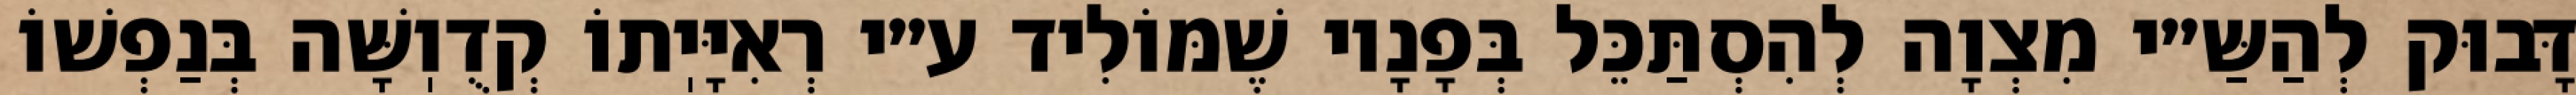
דָּבוּק לְהַשַּ״י מִצְוָה לְהִסְתַּכֵּל בְּפָנָיו שֶׁמּוֹלִיד ע״י רְאִיָּיֽתוֹ קְדֻוֽשָּׁה בְּנַפְשׁוֹ